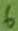
Text: 6